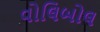
વોલિબોલ